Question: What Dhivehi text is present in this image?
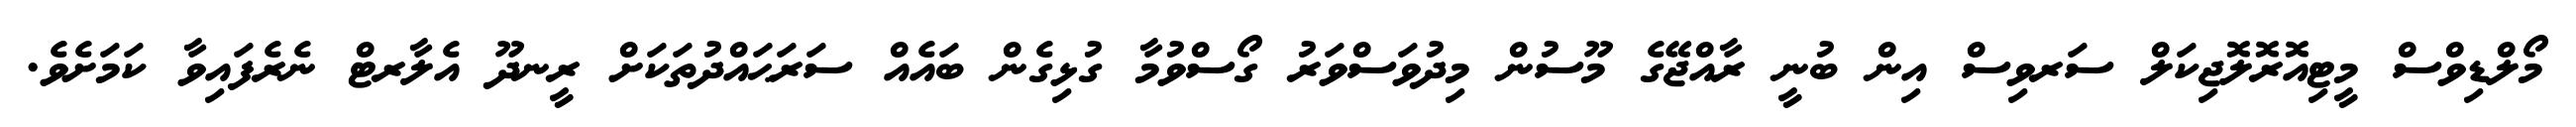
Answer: މޯލްޑިވްސް މީޓިއޮރޮލޮޖިކަލް ސަރވިސް އިން ބުނީ ރާއްޖޭގެ މޫސުން މިދުވަސްވަރު ގޯސްވުމާ ގުޅިގެން ބައެއް ސަރަޙައްދުތަކަށް ރީނދޫ އެލާރޓް ނެރެފައިވާ ކަމަށެވެ.